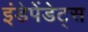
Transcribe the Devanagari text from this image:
इंडेपेंडेट्स